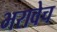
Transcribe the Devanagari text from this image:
भरावेच